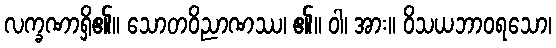
လက္ခဏာရှိ၏။ သောတဝိညာဏဿ၊ ၏။ ဝါ၊ အား။ ဝိသယဘာဝရသော၊